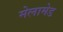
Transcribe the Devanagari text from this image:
मेलामेड